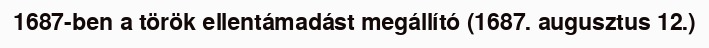
1687-ben a török ellentámadást megállító (1687. augusztus 12.)